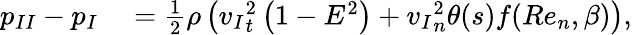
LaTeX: \begin{array}{rl}{{p_{II}}-{p_{I}}}&{{}={}\frac{1}{2}\rho\left({v_{I}}_{t}^{2}\left(1-E^{2}\right)+{v_{I}}_{n}^{2}\theta(s)f(Re_{n},\beta)\right),}\end{array}